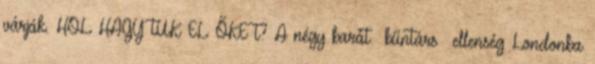
várják. HOL HAGYTUK EL ŐKET? A négy barát bűntárs ellenség Londonba